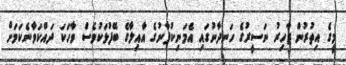
މީގެ އިތުރުން ޒާހިރު ނަސީރުގެ ހަނދާނުގައި އެމަނިކުފާނުގެ އާއިލާގެ ބޭފުޅަކުވެސް ވާހަކަ ދައްކަވާނެކަމަށް